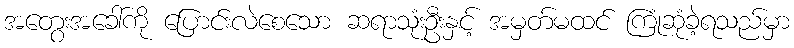
အတွေးအခေါ်ကို ပြောင်းလဲစေသော ဆရာသုံးဦးနှင့် အမှတ်မထင် ကြုံဆုံခဲ့ရသည်မှာ